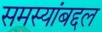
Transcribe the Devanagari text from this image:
समस्यांबद्दल